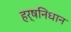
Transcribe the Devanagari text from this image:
हर्षनिधान